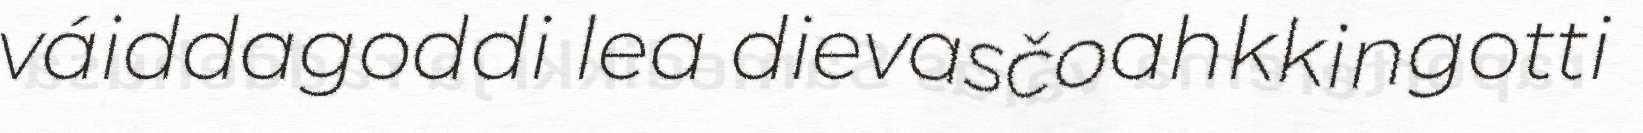
váiddagoddi lea dievasčoahkkingotti